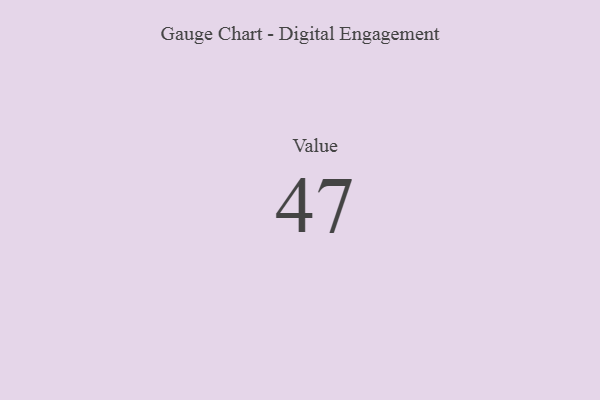
{"axis": {"x": "Metric", "y": "Value"}, "legend": [""], "data": [{"x": "Value", "y": 47, "type": ""}]}